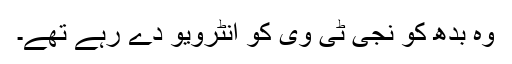
وہ بدھ کو نجی ٹی وی کو انٹرویو دے رہے تھے۔